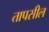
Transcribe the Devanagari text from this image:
तापसील